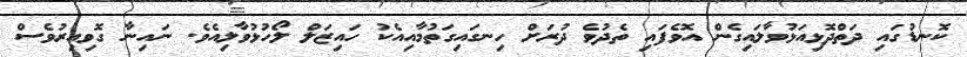
ކޮނޑުގައި ދަތްދޮޅިއަޅުވާލައިގެން އޮވެފައި ތެދުވެ ދުރަށް ހިނގައިގަތުމާއިއެކު ހައިޒަލް ލޯހުޅުވާލިއެވެ. ނައިނާ ގޮވިއިރުވެސް